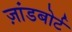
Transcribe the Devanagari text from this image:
ज़ांडबोर्ट